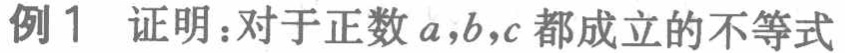
例1 证明：对于正数 \(a,b,c\) 都成立的不等式